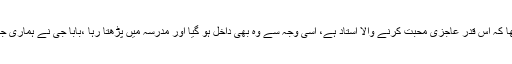
اس نے جب یہ منظر دیکھا کہ اس قدر عاجزی محبت کرنے والا استاد ہے، اسی وجہ سے وہ بھی داخل ہو گیا اور مدرسہ میں پڑھتا رہا ،بابا جی نے ہماری جھوٹی چائے بھی پی تھی ۔